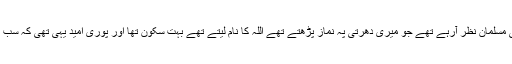
سچی بات تو یہ ہے کہ میرے چاروں طرف مسلمان ہی مسلمان نظر آرہے تھے جو میری دھرتی پہ نماز پڑھتے تھے اللہ کا نام لیتے تھے بہت سکون تھا اور پوری امید یہی تھی کہ سب پاکستان کے ساتھ ملنے (الحاق) کو ہی ترجیح دیں گے۔